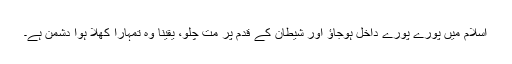
اسلام میں پورے پورے داخل ہوجاؤ اور شیطان کے قدم پر مت چلو، یقینا وہ تمہارا کھلا ہوا دشمن ہے۔